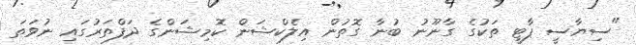
"ސިޔާސީ ޕާޓީ ތަކުގެ ގާނޫނު ބުނާ ގޮތުން އިލެކްޝަން ކޮމިޝަންގެ ދަފްތަރުގައި ނުވަތަ